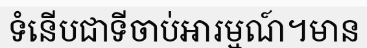
ទំនើបជាទីចាប់អារម្មណ៍។មាន